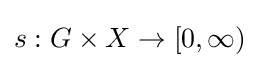
s:G\times X\rightarrow [0,\infty )